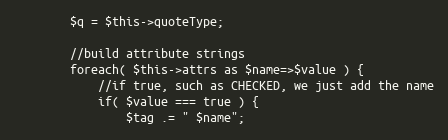
Language: PHP
        $q = $this->quoteType;

        //build attribute strings
        foreach( $this->attrs as $name=>$value ) {
            //if true, such as CHECKED, we just add the name
            if( $value === true ) {
                $tag .= " $name";